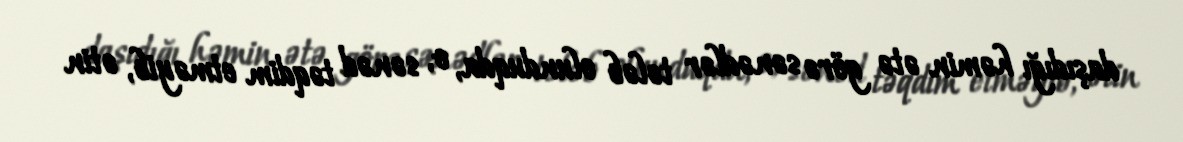
daşıdığı həmin ətə görə sənədlər tələb olunduqda, o, sənəd təqdim etməyib, ətin